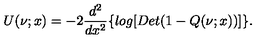
U ( \nu ; x ) = - 2 \frac { d ^ { 2 } } { d x ^ { 2 } } \{ l o g [ D e t ( 1 - Q ( \nu ; x ) ) ] \} .